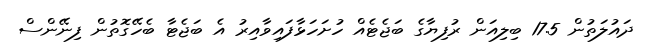
ދައުލަތުން 17.5 ބިލިއަން ރުފިޔާގެ ބަޖެޓެއް ހުށަހަޅާފައިވާއިރު އެ ބަޖެޓާ ބެހޭގޮތުން ފިނޭންސް